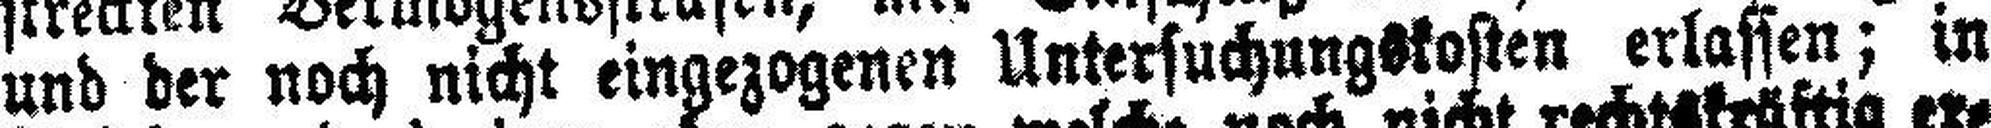
und der noch nicht eingezogenen Untersuchungskosten erlassen; in